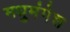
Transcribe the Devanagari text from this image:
मधुमंगेश